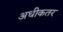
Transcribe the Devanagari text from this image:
अधीकतर